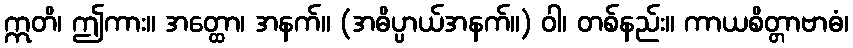
ဣတိ၊ ဤကား။ အတ္ထော၊ အနက်။ (အဓိပ္ပာယ်အနက်။) ဝါ၊ တစ်နည်း။ ကာယစိတ္တာဗာဓံ၊